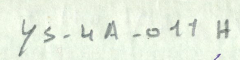
YS-4A-011H